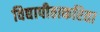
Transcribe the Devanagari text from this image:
विद्यापीठाकरिता